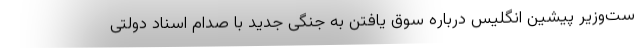
ست‌وزیر پیشین انگلیس درباره سوق یافتن به جنگی جدید با صدام اسناد دولتی